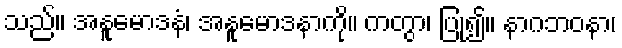
သည်။ အနူမောဒနံ၊ အနူမောဒနာကို။ ကတွာ၊ ပြု၍။ နာဂဘဝနာ၊